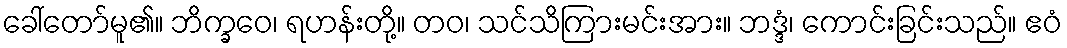
ခေါ်တော်မူ၏။ ဘိက္ခဝေ၊ ရဟန်းတို့။ တဝ၊ သင်သိကြားမင်းအား။ ဘဒ္ဒံ၊ ကောင်းခြင်းသည်။ ဧဝံ